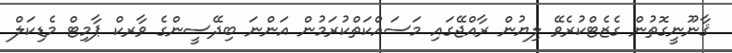
ޤާނޫނީގޮތުން ގެޒެޓްކުރެވޭ ލިޔުން ރާއްޖޭގައި މަސައްކަތްކުރަމުން އަންނަ ބިދޭސީންގެ ވާރކް ޕާމިޓް މެޑިކަލް